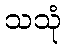
သသုံ